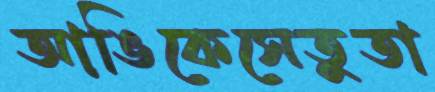
আঙিকেসেতুতা